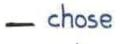
- chose